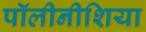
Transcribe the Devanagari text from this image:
पॉलीनीशिया